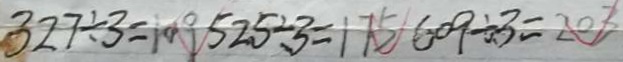
3 2 7 \div 3 = 1 0 9 5 2 5 \div 3 = 1 7 5 6 0 9 \div 3 = 2 0 3